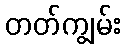
တတ်ကျွမ်း